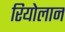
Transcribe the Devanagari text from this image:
रियोलान